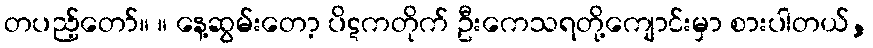
တပည့်တော်။ ။ နေ့ဆွမ်းတော့ ပိဋကတိုက် ဦးကေသရတို့ကျောင်းမှာ စားပါတယ်,